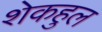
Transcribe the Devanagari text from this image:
शेकहुल